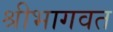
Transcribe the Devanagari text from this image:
श्रीभागवत